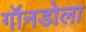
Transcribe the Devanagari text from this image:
गॉनडोला